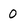
Character: 0